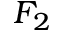
F _ { 2 }